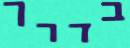
בדרך